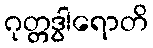
ဂုတ္တဒွါရောတိ